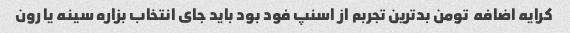
کرایه اضافه  تومن بدترین تجربم از اسنپ فود بود باید جای انتخاب بزاره سینه یا رون